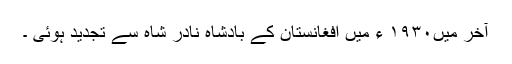
آخر میں۱۹۳۰ ء میں افغانستان کے بادشاہ نادر شاہ سے تجدید ہوئی ۔